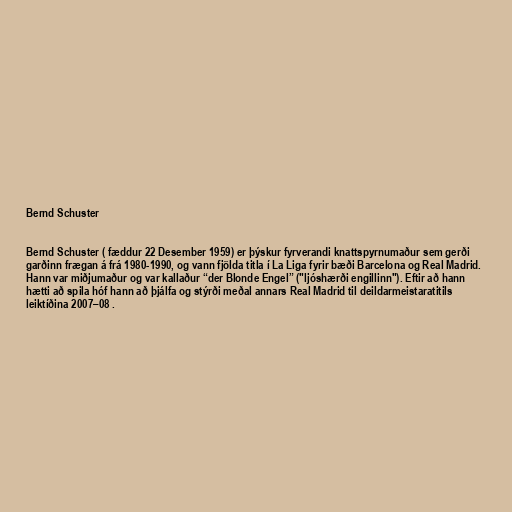
Bernd Schuster

Bernd Schuster ( fæddur 22 Desember 1959) er þýskur fyrverandi knattspyrnumaður sem gerði
garðinn frægan á frá 1980-1990, og vann fjölda titla í La Liga fyrir bæði Barcelona og Real Madrid.
Hann var miðjumaður og var kallaður “der Blonde Engel” ("ljóshærði engillinn"). Eftir að hann
hætti að spila hóf hann að þjálfa og stýrði meðal annars Real Madrid til deildarmeistaratitils
leiktíðina 2007–08 .